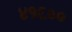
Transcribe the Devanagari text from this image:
४१६००